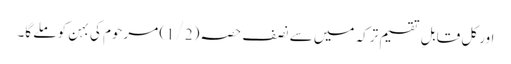
اور کل قابلِ تقسیم ترکہ میں سے نصف حصہ (1/2) مرحوم کی بہن کو ملے گا۔